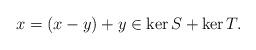
LaTeX: \begin{align*} x = (x - y) + y \in \ker S + \ker T.\end{align*}